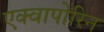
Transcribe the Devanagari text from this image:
एक्वापोरिन